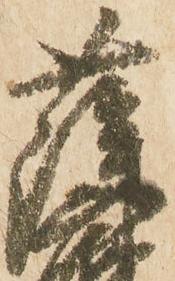
薩